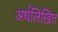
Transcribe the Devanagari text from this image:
अर्धलिखित